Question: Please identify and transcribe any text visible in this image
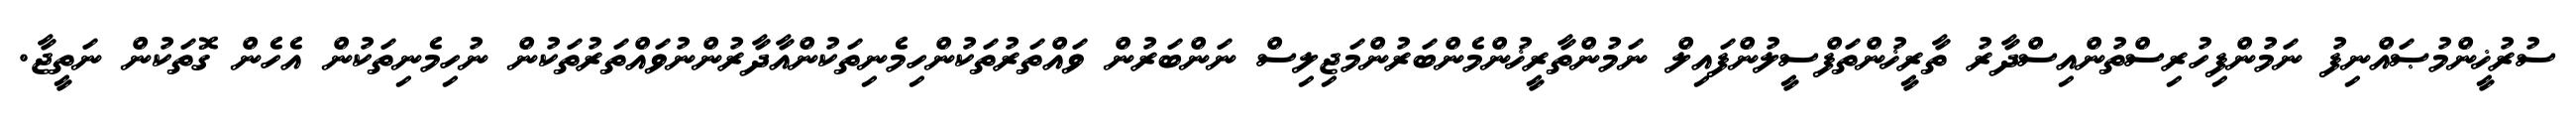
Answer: ސުރުޚީންމުޞައްނިފު ނަމުންފިހުރިސްތުންއިސްދާރު ތާރީޚުންތަފްސީލުންފައިލް ނަމުންތާރީޚުންމެންބަރުންމަޖިލިސް ނަންބަރުން ވައްތަރުތަކުންހިމެނިތަކުންއާދާރުންނުވައްތަރުތަކުން ނުހިމެނިތަކުން އެހެން ގޮތަކުން ނަތީޖާ.